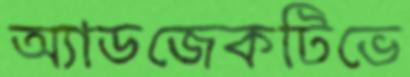
অ্যাডজেকটিভে